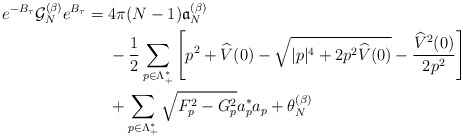
\begin{align*} e^{-B_\tau} \mathcal{G}_{N}^{(\beta)}e^{B_\tau}=\;&4\pi (N-1)\mathfrak{a}_N^{(\beta)}\\&-\frac{1}{2}\sum_{p\in \Lambda_+^*}\left[ p^2+\widehat V(0)-\sqrt{|p|^4+2p^2 \widehat{V}(0)}-\frac{\widehat{V}^2(0)}{2p^2}\right]\\&+\sum_{p \in \Lambda_+^*}\sqrt{F_p^2-G_p^2}a^*_p a_p+\theta_{N}^{(\beta)}\end{align*}